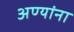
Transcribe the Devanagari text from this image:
अण्यांना